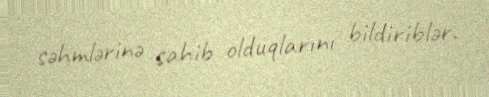
səhmlərinə sahib olduqlarını bildiriblər.